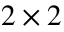
2 \times 2